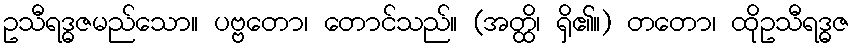
ဥသီရဒ္ဓဇမည်သော။ ပဗ္ဗတော၊ တောင်သည်။ (အတ္ထိ၊ ရှိ၏။) တတော၊ ထိုဥသီရဒ္ဓဇ